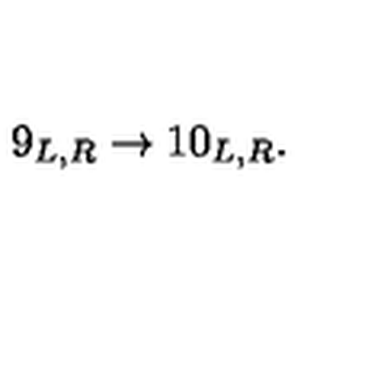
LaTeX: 9 _ { L , R } \rightarrow 1 0 _ { L , R } .